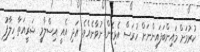
ކުރުމަށް މައިންބަފައިންނަށް ހުރަސް އެޅިގެން ނުވާނެއެވެ. އަދި އެއީ އިސްލާމީ ޝަރީއަތާ ހިލާފު